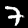
Digit: 7